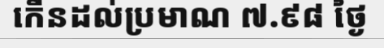
កើនដល់ប្រមាណ ៧.៩៨ ថ្ងៃ